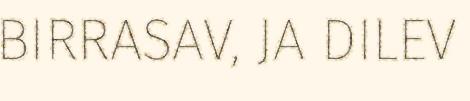
BIRRASAV, JA DILEV